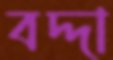
বদ্দা